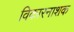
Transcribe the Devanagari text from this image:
विकारनाशक